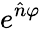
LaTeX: e^{{\hat{n}}\varphi}